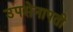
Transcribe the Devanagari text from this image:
उपसेनापती